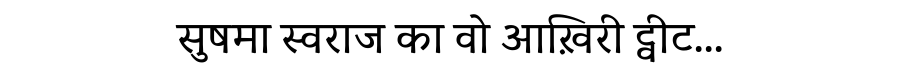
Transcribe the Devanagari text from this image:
सुषमा स्वराज का वो आख़िरी ट्वीट...